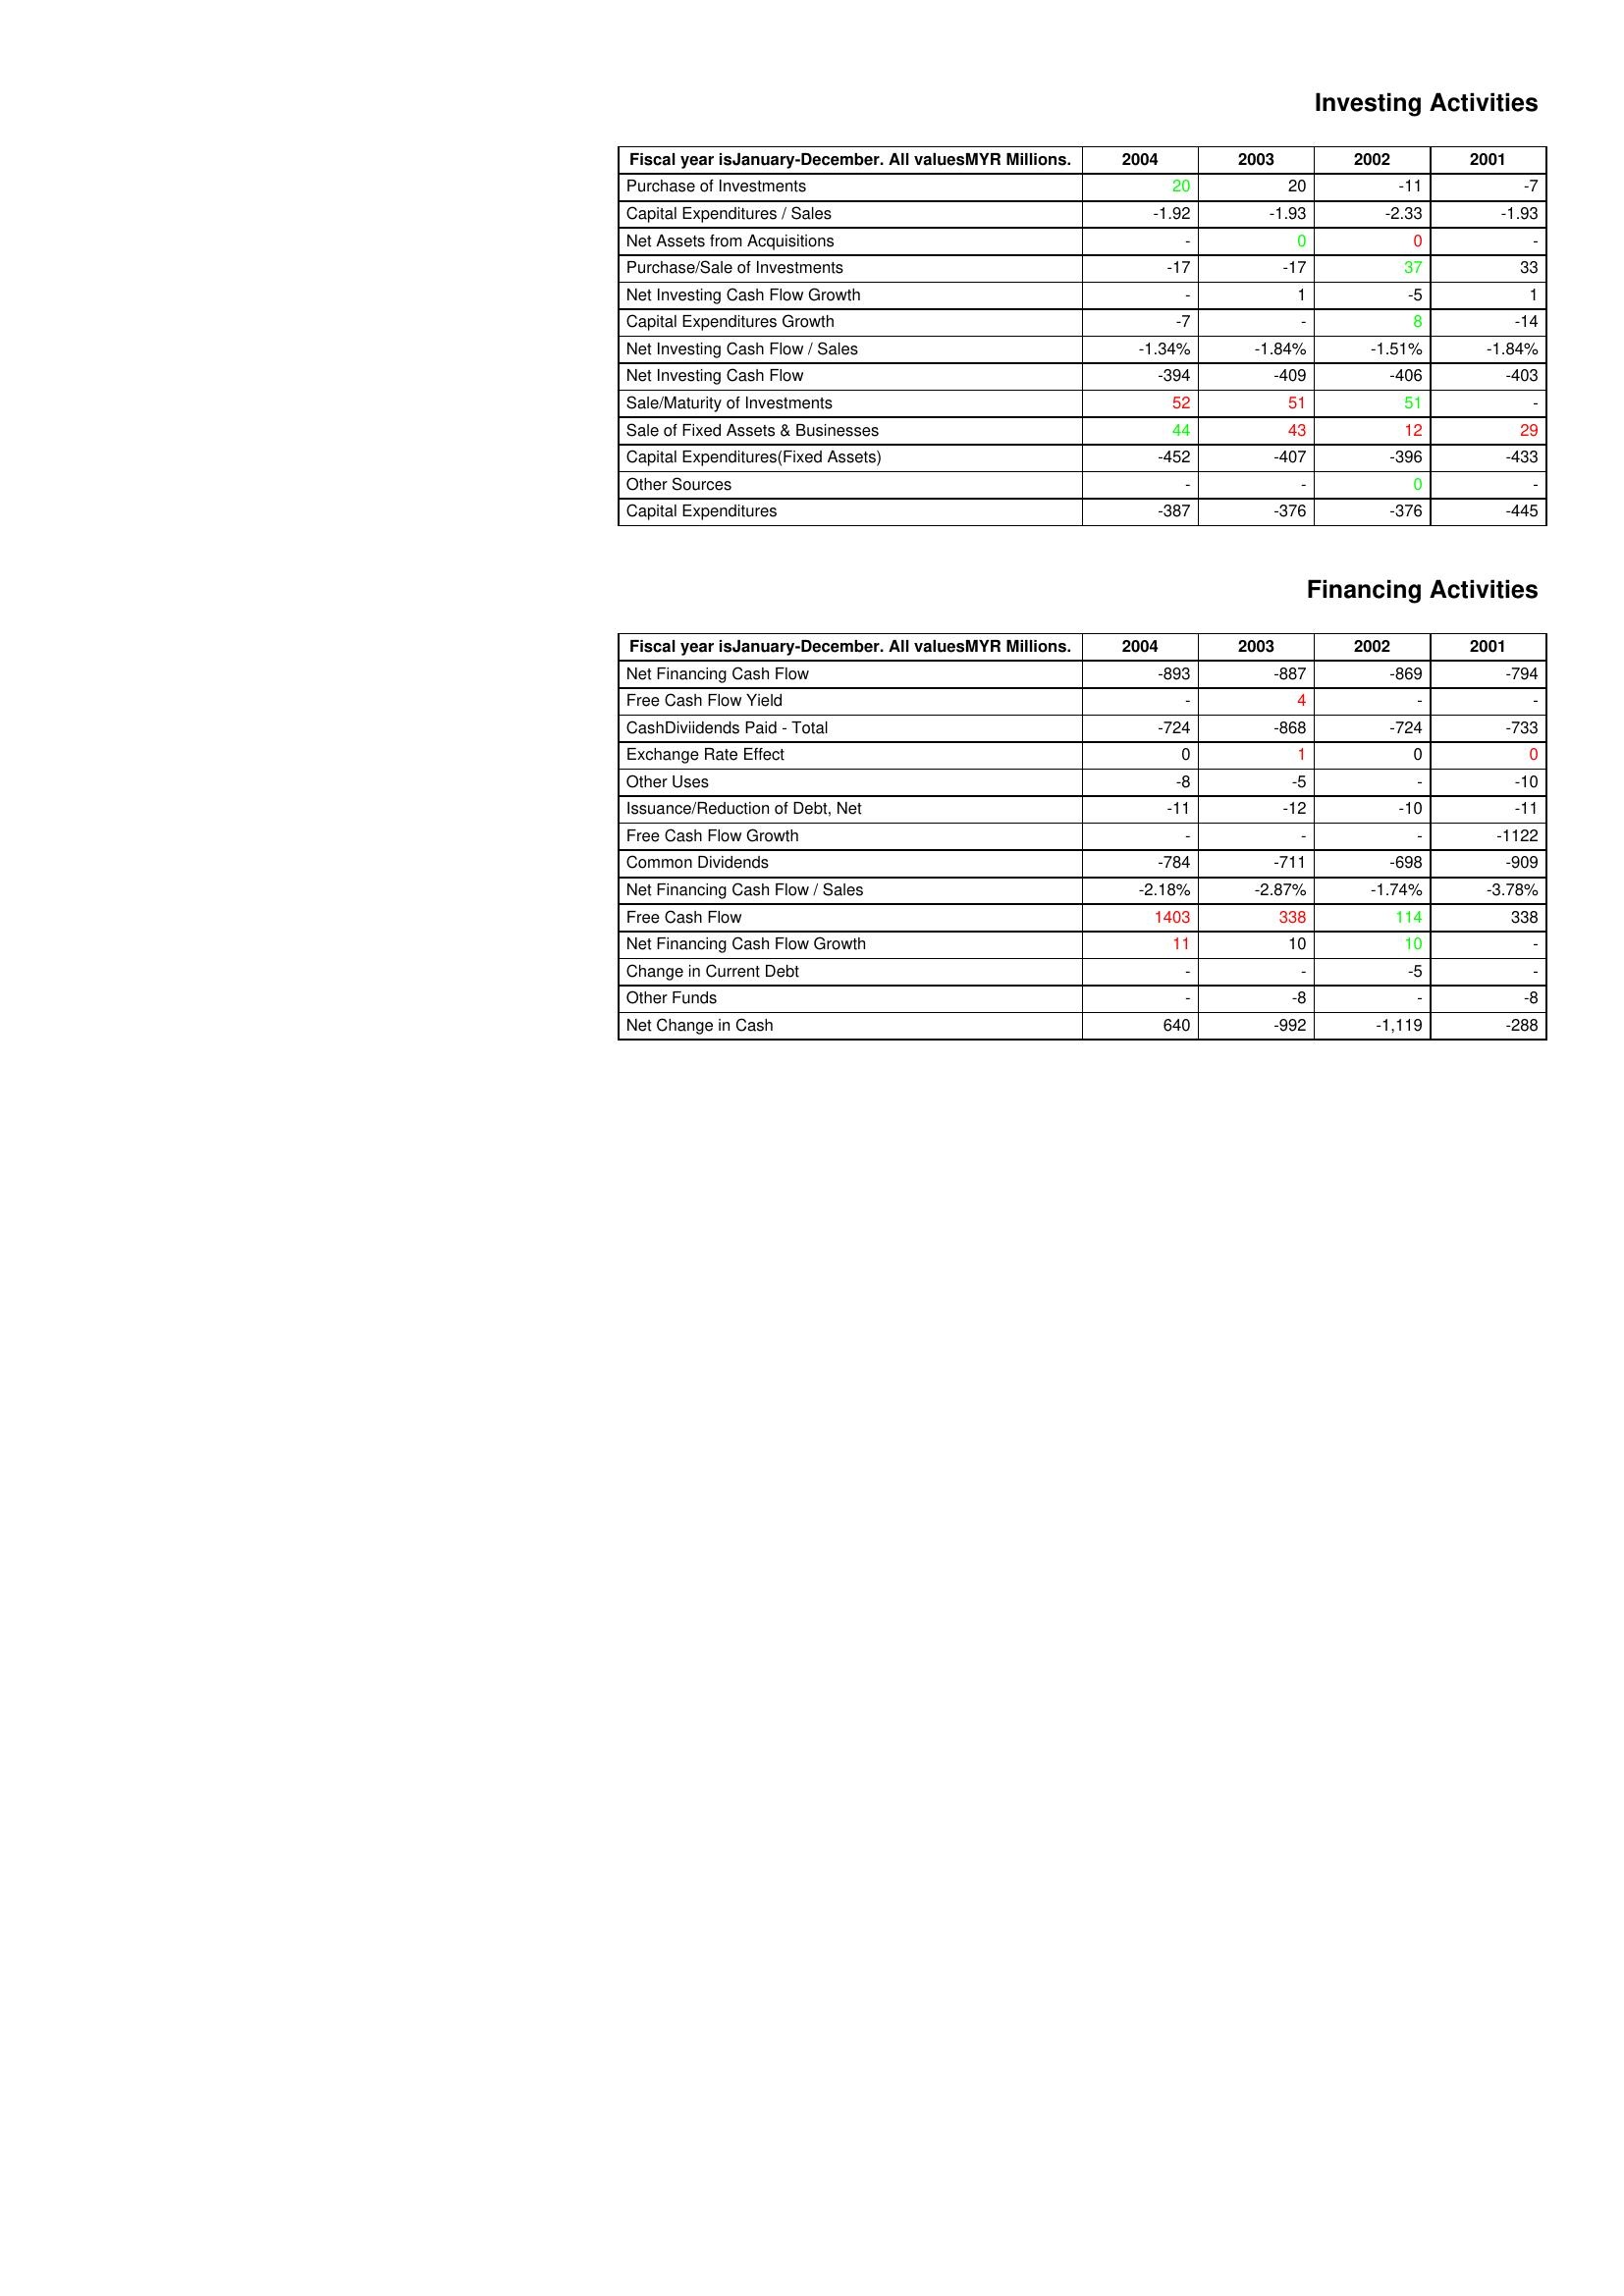
gt_parse: 2004: Investing Activities: Purchase of Investments: 20
Capital Expenditures / Sales: -1.92
Net Assets from Acquisitions: -
Purchase/Sale of Investments: -17
Net Investing Cash Flow Growth: -
Capital Expenditures Growth: -7
Net Investing Cash Flow / Sales: -1.34%
Net Investing Cash Flow: -394
Sale/Maturity of Investments: 52
Sale of Fixed Assets & Businesses: 44
Capital Expenditures(Fixed Assets): -452
Other Sources: -
Capital Expenditures: -387
Financing Activities: Net Financing Cash Flow: -893
Free Cash Flow Yield: -
CashDiviidends Paid - Total: -724
Exchange Rate Effect: 0
Other Uses: -8
Issuance/Reduction of Debt, Net: -11
Free Cash Flow Growth: -
Common Dividends: -784
Net Financing Cash Flow / Sales: -2.18%
Free Cash Flow: 1403
Net Financing Cash Flow Growth: 11
Change in Current Debt: -
Other Funds: -
Net Change in Cash: 640
2003: Investing Activities: Purchase of Investments: 20
Capital Expenditures / Sales: -1.93
Net Assets from Acquisitions: 0
Purchase/Sale of Investments: -17
Net Investing Cash Flow Growth: 1
Capital Expenditures Growth: -
Net Investing Cash Flow / Sales: -1.84%
Net Investing Cash Flow: -409
Sale/Maturity of Investments: 51
Sale of Fixed Assets & Businesses: 43
Capital Expenditures(Fixed Assets): -407
Other Sources: -
Capital Expenditures: -376
Financing Activities: Net Financing Cash Flow: -887
Free Cash Flow Yield: 4
CashDiviidends Paid - Total: -868
Exchange Rate Effect: 1
Other Uses: -5
Issuance/Reduction of Debt, Net: -12
Free Cash Flow Growth: -
Common Dividends: -711
Net Financing Cash Flow / Sales: -2.87%
Free Cash Flow: 338
Net Financing Cash Flow Growth: 10
Change in Current Debt: -
Other Funds: -8
Net Change in Cash: -992
2002: Investing Activities: Purchase of Investments: -11
Capital Expenditures / Sales: -2.33
Net Assets from Acquisitions: 0
Purchase/Sale of Investments: 37
Net Investing Cash Flow Growth: -5
Capital Expenditures Growth: 8
Net Investing Cash Flow / Sales: -1.51%
Net Investing Cash Flow: -406
Sale/Maturity of Investments: 51
Sale of Fixed Assets & Businesses: 12
Capital Expenditures(Fixed Assets): -396
Other Sources: 0
Capital Expenditures: -376
Financing Activities: Net Financing Cash Flow: -869
Free Cash Flow Yield: -
CashDiviidends Paid - Total: -724
Exchange Rate Effect: 0
Other Uses: -
Issuance/Reduction of Debt, Net: -10
Free Cash Flow Growth: -
Common Dividends: -698
Net Financing Cash Flow / Sales: -1.74%
Free Cash Flow: 114
Net Financing Cash Flow Growth: 10
Change in Current Debt: -5
Other Funds: -
Net Change in Cash: -1,119
2001: Investing Activities: Purchase of Investments: -7
Capital Expenditures / Sales: -1.93
Net Assets from Acquisitions: -
Purchase/Sale of Investments: 33
Net Investing Cash Flow Growth: 1
Capital Expenditures Growth: -14
Net Investing Cash Flow / Sales: -1.84%
Net Investing Cash Flow: -403
Sale/Maturity of Investments: -
Sale of Fixed Assets & Businesses: 29
Capital Expenditures(Fixed Assets): -433
Other Sources: -
Capital Expenditures: -445
Financing Activities: Net Financing Cash Flow: -794
Free Cash Flow Yield: -
CashDiviidends Paid - Total: -733
Exchange Rate Effect: 0
Other Uses: -10
Issuance/Reduction of Debt, Net: -11
Free Cash Flow Growth: -1122
Common Dividends: -909
Net Financing Cash Flow / Sales: -3.78%
Free Cash Flow: 338
Net Financing Cash Flow Growth: -
Change in Current Debt: -
Other Funds: -8
Net Change in Cash: -288